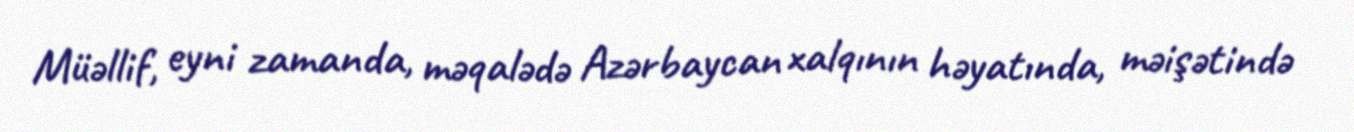
Müəllif, eyni zamanda, məqalədə Azərbaycan xalqının həyatında, məişətində